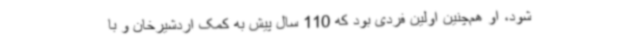
شود، او هم‌چنین اولین فردی بود که 110 سال پیش به کمک اردشیرخان و با